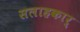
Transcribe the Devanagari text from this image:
सलाहकार्